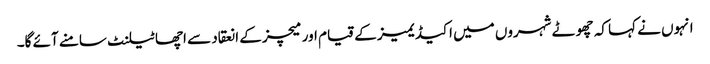
انہوں نے کہا کہ چھوٹے شہروں میں اکیڈیمیز کے قیام اور میچز کے انعقاد سے اچھا ٹیلنٹ سامنے آئے گا۔